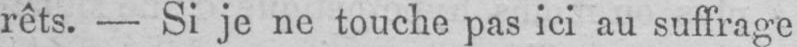
rêts. - Si je ne touche pas ici au suffrage